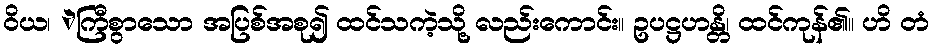
ဝိယ၊ ဲကြီစွာသော အပြစ်အစု၍ ထင်သကဲ့သို့ လည်းကောင်း။ ဥပဋ္ဌဟန္တိ၊ ထင်ကုန်၏။ ဟိ တံ